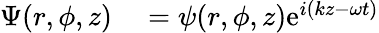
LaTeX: \begin{array}{rl}{\Psi(r,\phi,z)}&{{}=\psi(r,\phi,z)\mathrm{e}^{i(kz-\omega t)}}\end{array}